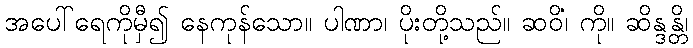
အပေါ်ရေကိုမှီ၍ နေကုန်သော။ ပါဏာ၊ ပိုးတို့သည်။ ဆဝိံ၊ ကို။ ဆိန္ဒန္တိ၊